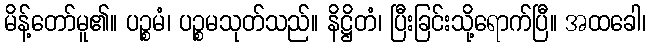
မိန့်တော်မူ၏။ ပဉ္စမံ၊ ပဉ္စမသုတ်သည်။ နိဋ္ဌိတံ၊ ပြီးခြင်းသို့ရောက်ပြီ။ အထခေါ၊